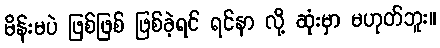
မိန်းမပဲ ဖြစ်ဖြစ် ဖြစ်ခဲ့ရင် ရင်နာ လို့ ဆုံးမှာ မဟုတ်ဘူး။